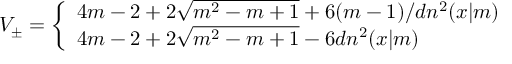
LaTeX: V _ { \pm } = \left\{ \begin{array} { l } { { 4 m - 2 + 2 \sqrt { m ^ { 2 } - m + 1 } + 6 ( m - 1 ) / d n ^ { 2 } ( x | m ) } } \\ { { 4 m - 2 + 2 \sqrt { m ^ { 2 } - m + 1 } - 6 d n ^ { 2 } ( x | m ) } } \end{array} \right.